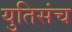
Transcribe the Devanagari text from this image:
युतिसंच